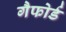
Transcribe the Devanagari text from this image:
गैफोर्ड